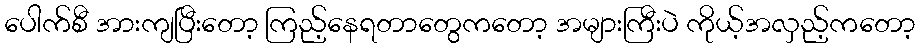
ပေါက်စီ အားကျပြီးတော့ ကြည့်နေရတာတွေကတော့ အများကြီးပဲ ကိုယ့်အလှည့်ကတော့